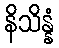
နိသိန္နံ